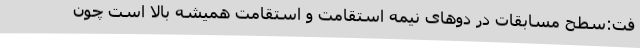
فت:سطح مسابقات در دوهای نیمه استقامت و استقامت همیشه بالا است چون